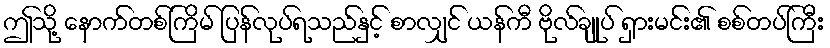
ဤသို့ နောက်တစ်ကြိမ် ပြန်လုပ်ရသည်နှင့် စာလျှင် ယန်ကီ ဗိုလ်ချုပ် ရှားမင်း၏ စစ်တပ်ကြီး